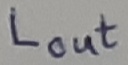
Text: LOUT